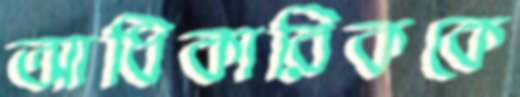
আধিকারিককে